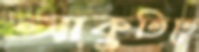
আকুতিতে